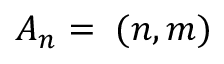
A _ { n } = { \bf \Gamma } ( n , m )